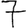
Digit: 7